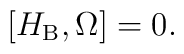
\left[ H_{\mathrm{B}},\Omega \right] =0.